Vaccine operations Central Provinces & Berar 1922-1929 - 1922-1929
Year: 1922
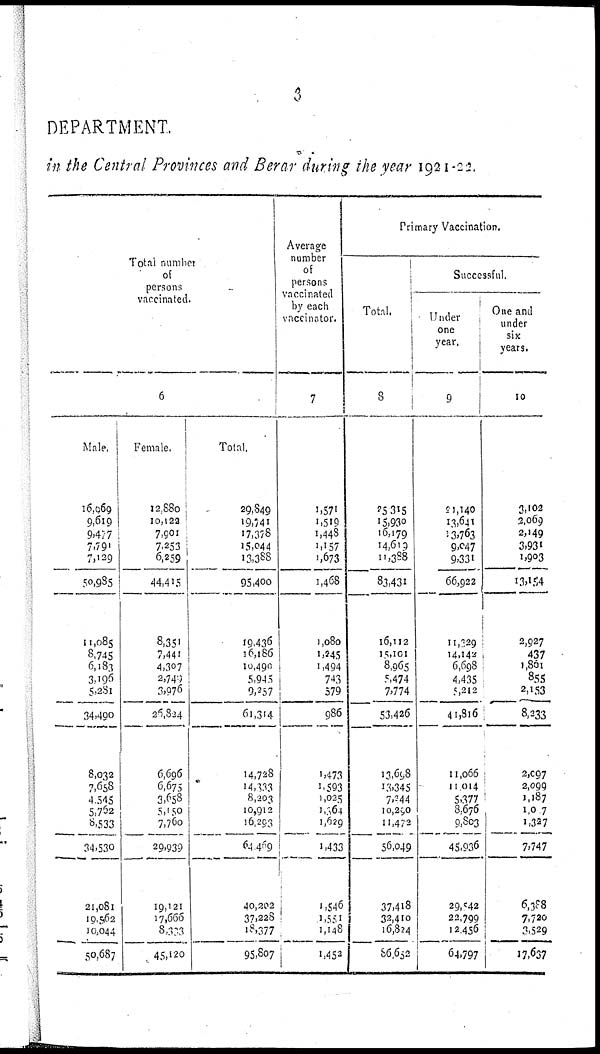
3
DEPARTMENT.
in the Central Provinces and Berar during the year 1921-22.
Total number
of
persons
vaccinated.
6
Male.
16,069
9,619
9,417
7,791
7,129
50,985
11,085
8,745
6,183
3,196
5,281
34,490
8,032
7,658
4,545
5,762
8,533
34,530
21,081
19,562
10,044
50,687
Female.
12,880
10,122
7,901
7,253
6,259
44,415
8,351
7,441
4,307
2,740
3,976
26,824
6,696
6,675
3,658
5,150
7,760
29,939
19,121
17,666
8,333
45,120
Total.
29,849
19,741
17,378
15,044
13,388
95,400
19,436
16,186
10,490
5,945
9,257
61,314
14,728
14,333
8,203
10,912
16,293
64,469
40,202
37,228
18,377
95,807
Average
number
of
persons
vaccinated
by each
vaccinator.
7
1,571
1,519
1,448
1,157
1,673
1,468
1,080
1,245
1,494
743
579
986
1,473
1,593
1,025
1,064
1,629
1,433
1,546
1,551
1,148
1,452
Primary Vaccination.
Total.
8
25,315
15,930
16,179
14,619
11,388
83,431
16,112
15,101
8,965
5,474
7,774
53,426
13,698
13,345
7,244
10,290
11,472
56,049
37,418
32,410
16,824
86,652
Successful.
Under
one
year.
9
21,140
13,641
13,763
9,047
9,331
66,922
11,329
14,142
6,698
4,435
5,212
41,816
11,066
11,014
5,377
8,676
9,803
45,936
29,542
22,799
12,456
64,797
One and
under
six
years.
10
3,102
2,069
2,149
3,931
1,903
13,154
2,927
437
1,861
855
2,153
8,233
2,097
2,099
1,187
1,007
1,327
7,747
6,388
7,720
3,529
17,637